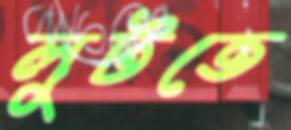
লুটতে